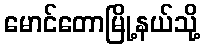
မောင်တောမြို့နယ်သို့